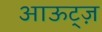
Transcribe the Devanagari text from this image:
आऊट्ज़